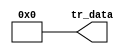
module system1_nios2_gen2_0_cpu_nios2_oci_pib (
                                                 tr_data
                                              )
;
  output  [ 35: 0] tr_data;
wire    [ 35: 0] tr_data;
  assign tr_data = 0;
endmodule